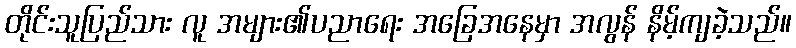
တိုင်းသူပြည်သား လူ အများ၏ပညာရေး အခြေအနေမှာ အလွန် နိမ့်ကျခဲ့သည်။